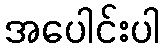
အပေါင်းပါ